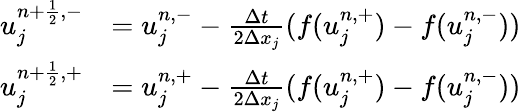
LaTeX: \begin{array}{rl}{u_{j}^{{n+\frac{1}{2}},-}}&{=u_{j}^{n,-}-\frac{\Delta t}{2\Delta x_{j}}(f(u_{j}^{n,+})-f(u_{j}^{n,-}))}\\ {u_{j}^{{n+\frac{1}{2}},+}}&{=u_{j}^{n,+}-\frac{\Delta t}{2\Delta x_{j}}(f(u_{j}^{n,+})-f(u_{j}^{n,-}))}\end{array}